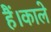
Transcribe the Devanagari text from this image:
हैं।काले